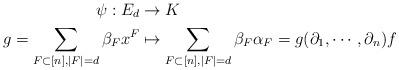
LaTeX: \begin{align*}\psi: E_d &\to K\\g=\sum_{F\subset [n], |F|=d} \beta_F x^F &\mapsto \sum_{F\subset [n], |F|=d} \beta_F \alpha_F = g(\partial_{1}, \cdots, \partial_n)f\end{align*}